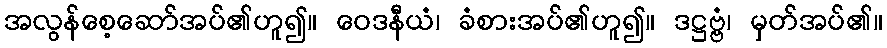
အလွန်စေ့ဆော်အပ်၏ဟူ၍။ ဝေဒနီယံ၊ ခံစားအပ်၏ဟူ၍။ ဒဋ္ဌဗ္ဗံ၊ မှတ်အပ်၏။